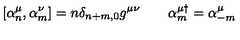
\left[ \alpha _ { n } ^ { \mu } , \alpha _ { m } ^ { \nu } \right] = n \delta _ { n + m , 0 } g ^ { \mu \nu } \: \: \: \: \: \: \: \: \: \alpha _ { m } ^ { \mu \dag } = \alpha _ { - m } ^ { \mu }